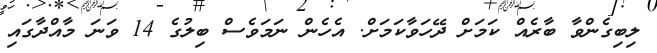
ލިބިގެންވާ ބާރެއް ކަމަށް ދޭހަވާކަމަށް. އެހެން ނަމަވެސް ބިލުގެ 14 ވަނަ މާއްދާގައި